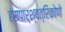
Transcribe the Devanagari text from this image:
हंसपार्श्वत्रिकोणे